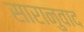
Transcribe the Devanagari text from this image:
सारानुवाद